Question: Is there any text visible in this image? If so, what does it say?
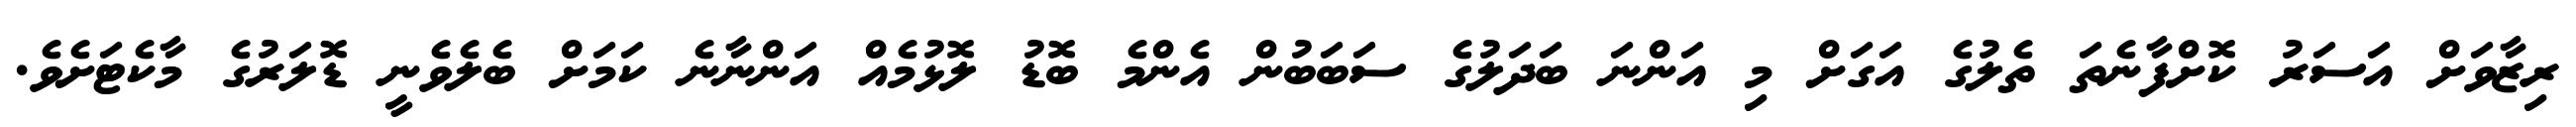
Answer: ރިޒާވަށް އަސަރު ކޮށްފާނެތަ ތެލުގެ އަގަށް މި އަންނަ ބަދަލުގެ ސަބަބުން އެންމެ ބޮޑު ލޮޅުމެއް އަންނާނެ ކަމަށް ބެލެވެނީ ޑޮލަރުގެ މާކެޓަށެވެ.